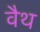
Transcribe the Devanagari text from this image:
वैथ